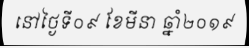
នៅថ្ងៃទី០៩ ខែមីនា ឆ្នាំ២០១៩